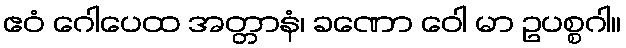
ဧဝံ ဂေါပေထ အတ္တာနံ၊ ခဏော ဝေါ မာ ဥပစ္စဂါ။